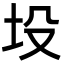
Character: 坄